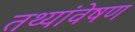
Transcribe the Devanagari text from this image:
तथ्यांवेषण